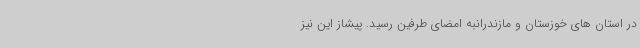
در استان های خوزستان و مازندرانبه امضای طرفین رسید. پیشاز این نیز